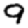
Digit: 9